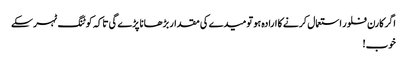
اگر کارن فلور استعمال کرنے کا ارادہ ہو تو میدے کی مقدار بڑھانا پڑے گی تاکہ کوٹنگ ٹہر سکے
خوب!